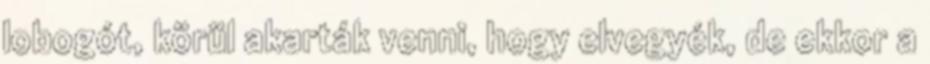
lobogót, körül akarták venni, hogy elvegyék, de ekkor a